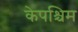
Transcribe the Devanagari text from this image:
केपश्चिम